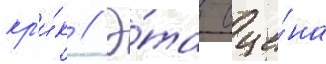
кр'и́к // Э́та сце́на